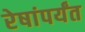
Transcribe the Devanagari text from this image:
रेषांपर्यंत